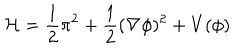
{ \cal H } = \frac { 1 } { 2 } \pi ^ { 2 } + \frac { 1 } { 2 } ( \nabla \phi ) ^ { 2 } + V ( \phi )